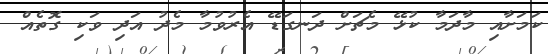
ކަމަށާއި މާދަމާ ކުޅޭ މެޗަށް ދަނގަޑޭ އެރުވުމާ މެދު އަދި ވަކި ގޮތެއް